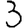
Digit: 3